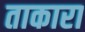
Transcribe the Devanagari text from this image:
ताकारा